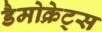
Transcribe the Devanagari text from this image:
डैमोक्रेट्स